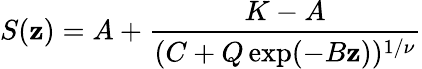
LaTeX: S(\mathbf{z})=A+\frac{{K-A}}{{(C+Q\exp(-B\mathbf{z}))^{1/\nu}}}